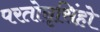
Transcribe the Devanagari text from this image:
परतोनृसिंहो